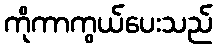
ကိုကာကွယ်ပေးသည်